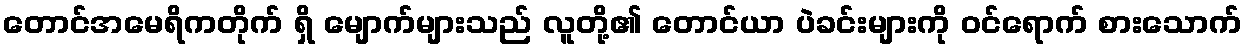
တောင်အမေရိကတိုက် ရှိ မျောက်များသည် လူတို့၏ တောင်ယာ ပဲခင်းများကို ဝင်ရောက် စားသောက်